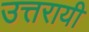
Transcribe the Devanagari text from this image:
उत्तरायी